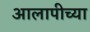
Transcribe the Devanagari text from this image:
आलापीच्या